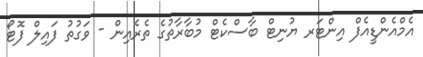
އެމްއެންޑީއެފް އިންޓަރ ޔުނިޓް ބާސްކެޓް މުބާރާތުގެ ތެރެއިން - ވަގުތު ފައިލް ފޮޓޯ